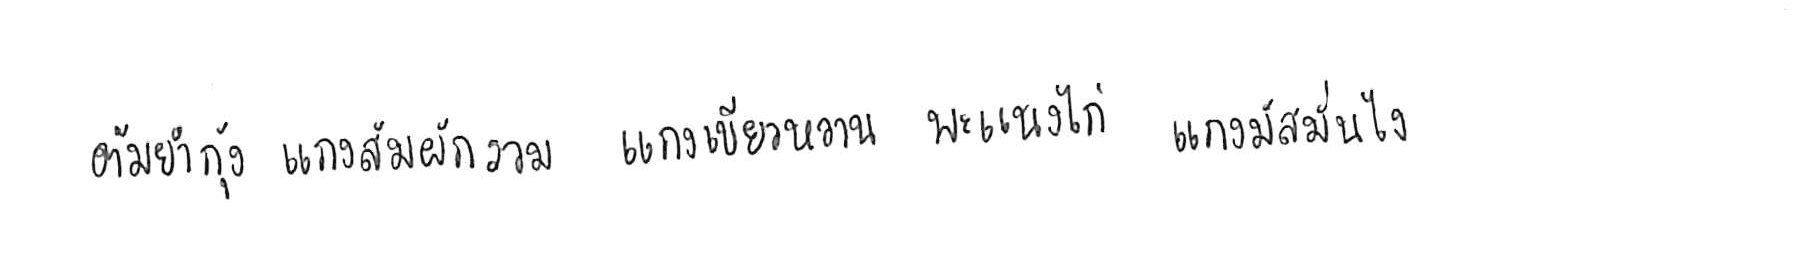
ต้มยำกุ้ง แกงส้มผักรวม แกงเขียวหวาน พะแนงไก่ แกงมัสมั่นไก่